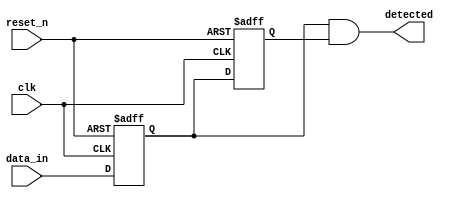
module dual_ff_detector (
    input wire clk,               // Clock signal
    input wire reset_n,           // Active-low asynchronous reset
    input wire data_in,           // Input data stream
    output reg detected           // Output signal indicating detected condition
);

    // Internal signals to store the states of the flip-flops
    reg ff1, ff2;

    // Sequential logic for the Dual Flip-Flops
    always @(posedge clk or negedge reset_n) begin
        if (!reset_n) begin
            ff1 <= 1'b0;  // Reset FF1 to 0
            ff2 <= 1'b0;  // Reset FF2 to 0
        end else begin
            ff1 <= data_in; // Capture input in FF1
            ff2 <= ff1;     // Propagate FF1 output to FF2
        end
    end

    // Combinational logic for detection condition
    always @* begin
        // Example condition: Detect if both FF1 and FF2 are high
        detected = ff1 & ff2; // Change this condition as per your requirements
    end

endmodule